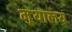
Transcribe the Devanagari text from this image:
मु़यालय